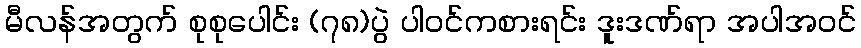
မီလန်အတွက် စုစုပေါင်း (၇၈)ပွဲ ပါဝင်ကစားရင်း ဒူးဒဏ်ရာ အပါအဝင်